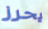
يحرز